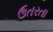
ઉતરતા